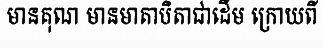
មានគុណ មានមាតាបិតាជាដើម ក្រោយពី